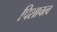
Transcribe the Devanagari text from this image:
पिशाचत्व